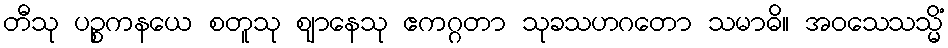
တီသု ပဉ္စကနယေ စတူသု ဈာနေသု ဧကဂ္ဂတာ သုခသဟဂတော သမာဓိ။ အဝသေသသ္မိံ